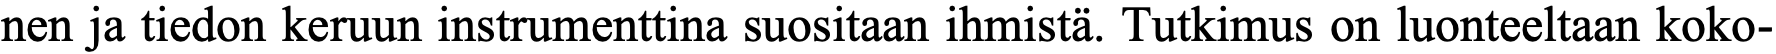
nen ja tiedon keruun instrumenttina suositaan ihmistä. Tutkimus on luonteeltaan koko-